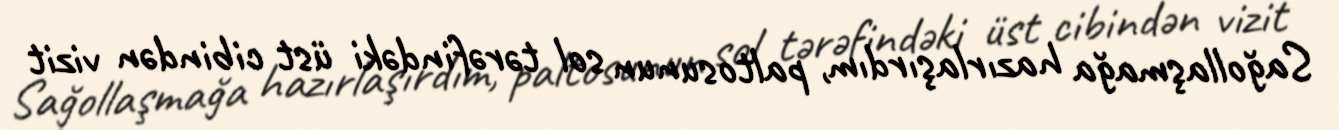
Sağollaşmağa hazırlaşırdım, paltosunun sol tərəfindəki üst cibindən vizit